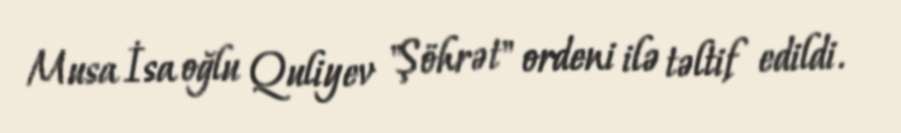
Musa İsa oğlu Quliyev "Şöhrət" ordeni ilə təltif edildi.